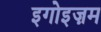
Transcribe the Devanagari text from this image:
इगोइज़म